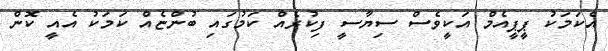
އެކަމަކު ޕީޕީއެމް އަކީވެސް ސިޔާސީ ފިކުރެއް ކަމުގައި ބުންޏެއް ކަމަކު އެއީ ކޮން